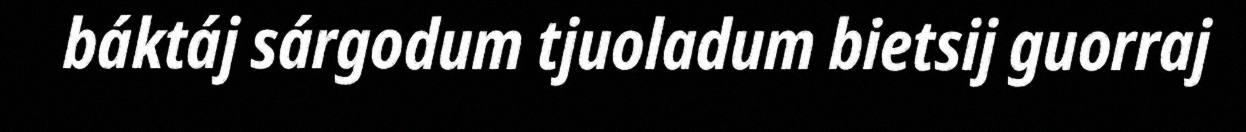
báktáj sárgodum tjuoladum bietsij guorraj